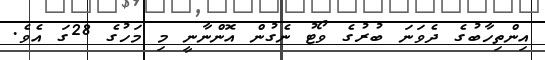
އިންތިހާބުގެ ދެވަނަ ބުރުގެ ވޯޓު ނެގުން އޮންނާނީ މި މަހުގެ 28ގަ އެވެ.